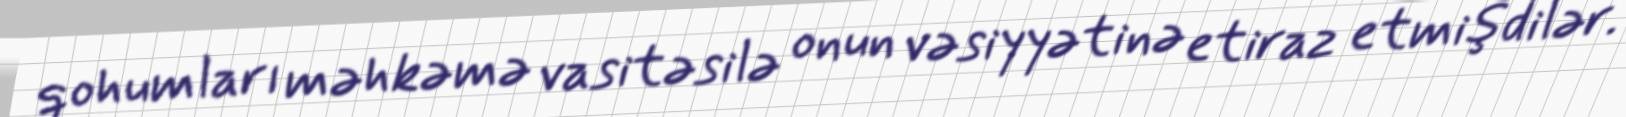
qohumları məhkəmə vasitəsilə onun vəsiyyətinə etiraz etmişdilər.